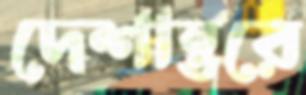
দেশান্তরে